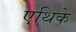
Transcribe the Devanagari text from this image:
एथिके